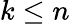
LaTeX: k\leq n